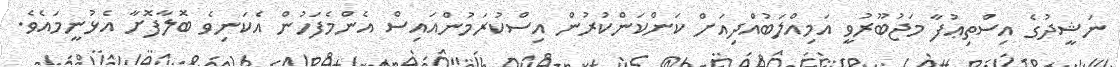
ނަޝީދުގެ އިސްތިޢުފާ މަޖުބޫރުވީ އަމިއްލަބުއްދިއަށް ކަންކަންކުރުން އިސްކުރަމުންއައިސް އެންމެފަހުން އެކަނިވެ ބޮލާފޮށާ އެޅުނީމައެވެ.